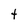
Character: t